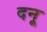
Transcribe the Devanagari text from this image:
दनू